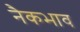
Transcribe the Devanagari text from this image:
नैकभाव